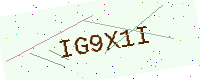
Text: IG9X1I